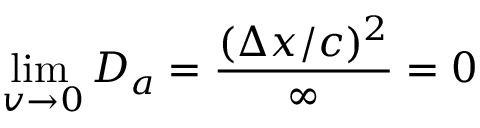
\operatorname* { l i m } _ { \, v \to 0 } D _ { a } = \frac { ( \Delta x / c ) ^ { 2 } } { \infty } = 0